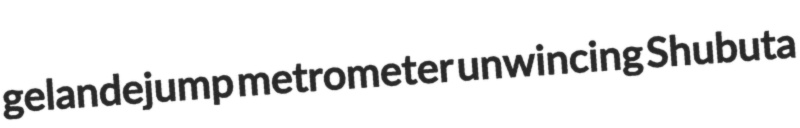
gelandejump metrometer unwincing Shubuta